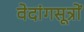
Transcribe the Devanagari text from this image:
वेदांगसूत्रों